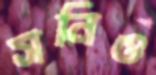
সনিও